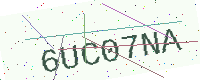
Text: 6UC07NA